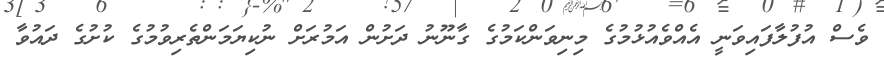
ވެސް އުފުލާފައިވަނީ އެއްވެއުޅުމުގެ މިނިވަންކަމުގެ ގާނޫނު ދަށުން އަމުރަށް ނުކިޔަމަންތެރިވުމުގެ ކުށުގެ ދައުވާ